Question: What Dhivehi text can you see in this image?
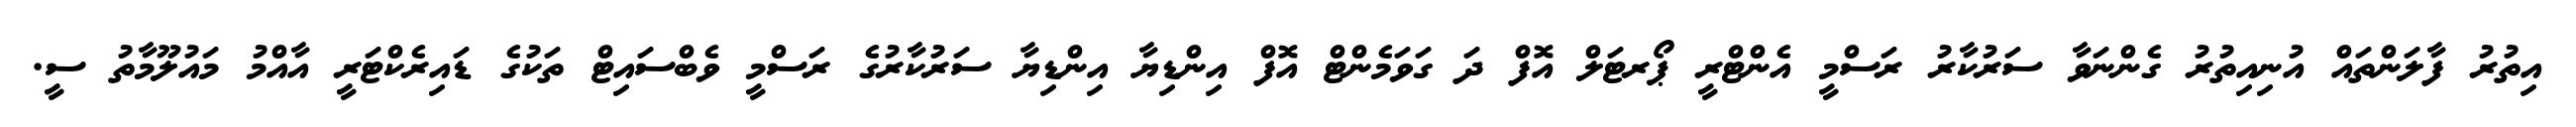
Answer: އިތުރު ފާލަންތައް އުނިއިތުރު ގެންނަވާ ސަރުކާރު ރަސްމީ އެންޓްރީ ޕޯރޓަލް އޮފް ދަ ގަވަމެންޓް އޮފް އިންޑިޔާ އިންޑިޔާ ސަރުކާރުގެ ރަސްމީ ވެބްސައިޓް ތަކުގެ ޑައިރެކްޓަރީ އާއްމު މައުލޫމާތު ސީ.